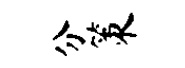
分策